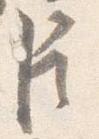
臣